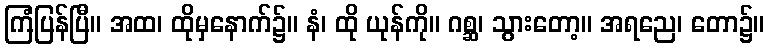
ကြံပြန်ပြီ။ အထ၊ ထိုမှနောက်၌။ နံ၊ ထို ယုန်ကို။ ဂစ္ဆ၊ သွားတော့။ အရညေ၊ တော၌။